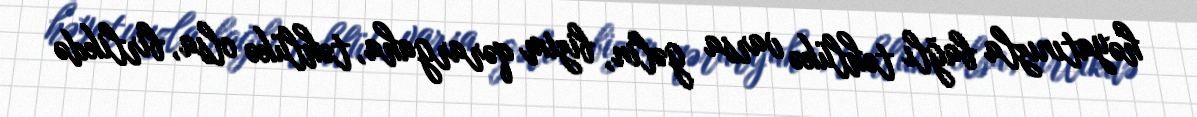
həyatınızla bağlı təhlükə varsa gəlin, bizim qərargaha, təhlükə olsa, birlikdə